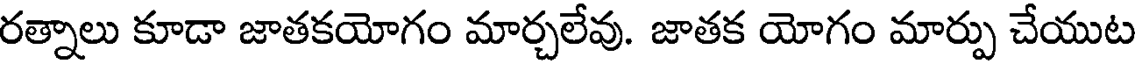
రత్నాలు కూడా జాతకయోగం మార్చలేవు. జాతక యోగం మార్పు చేయుట